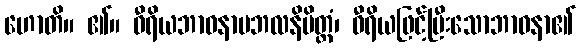
ဟောတိ။ ၏။ ဝီရိယဘာဝနာဗဘလနိမိတ္တံ၊ ဝီရိယဖြင့်ပြီးသောဘာဝနာ၏